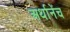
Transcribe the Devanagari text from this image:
अर्थानेंच